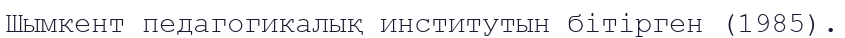
Шымкент педагогикалық институтын бітірген (1985).